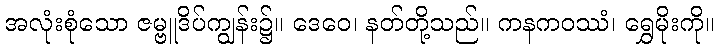
အလုံးစုံသော ဇမ္ဗူဒိပ်ကျွန်း၌။ ဒေဝေ၊ နတ်တို့သည်။ ကနကဝဿံ၊ ရွှေမိုးကို။